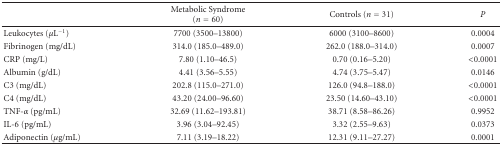
<table><thead><tr><td></td><td><b>Metabolic Syndrome (<i>n</i> = 60)</b></td><td><b>Controls (<i>n</i> = 31)</b></td><td><b><i>P</i></b></td></tr></thead><tbody><tr><td>Leukocytes (<i>μ</i>L<sup>−1</sup>)</td><td>7700 (3500–13800)</td><td>6000 (3100–8600)</td><td>0.0004</td></tr><tr><td>Fibrinogen (mg/dL)</td><td>314.0 (185.0–489.0)</td><td>262.0 (188.0–314.0)</td><td>0.0007</td></tr><tr><td>CRP (mg/L)</td><td>7.80 (1.10–46.5)</td><td>0.70 (0.16–5.20)</td><td>&lt;0.0001</td></tr><tr><td>Albumin (g/dL)</td><td>4.41 (3.56–5.55)</td><td>4.74 (3.75–5.47)</td><td>0.0146</td></tr><tr><td>C3 (mg/dL)</td><td>202.8 (115.0–271.0)</td><td>126.0 (94.8–188.0)</td><td>&lt;0.0001</td></tr><tr><td>C4 (mg/dL)</td><td>43.20 (24.00–96.60)</td><td>23.50 (14.60–43.10)</td><td>&lt;0.0001</td></tr><tr><td>TNF-<i>α</i> (pg/mL)</td><td>32.69 (11.62–193.81)</td><td>38.71 (8.58–86.26)</td><td>0.9952</td></tr><tr><td>IL-6 (pg/mL)</td><td>3.96 (3.04–92.45)</td><td>3.32 (2.55–9.63)</td><td>0.0373</td></tr><tr><td>Adiponectin (<i>μ</i>g/mL)</td><td>7.11 (3.19–18.22)</td><td>12.31 (9.11–27.27)</td><td>0.0001</td></tr></tbody></table>